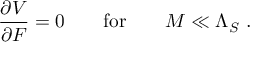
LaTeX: \frac { \partial V } { \partial { \cal F } } = 0 \quad \quad \mathrm { f o r } \quad \quad { \cal M } \ll { \Lambda _ { S } } \ .